Assam Mental Hospital (Tezpur, India) - 1933-1948
Year: 1933
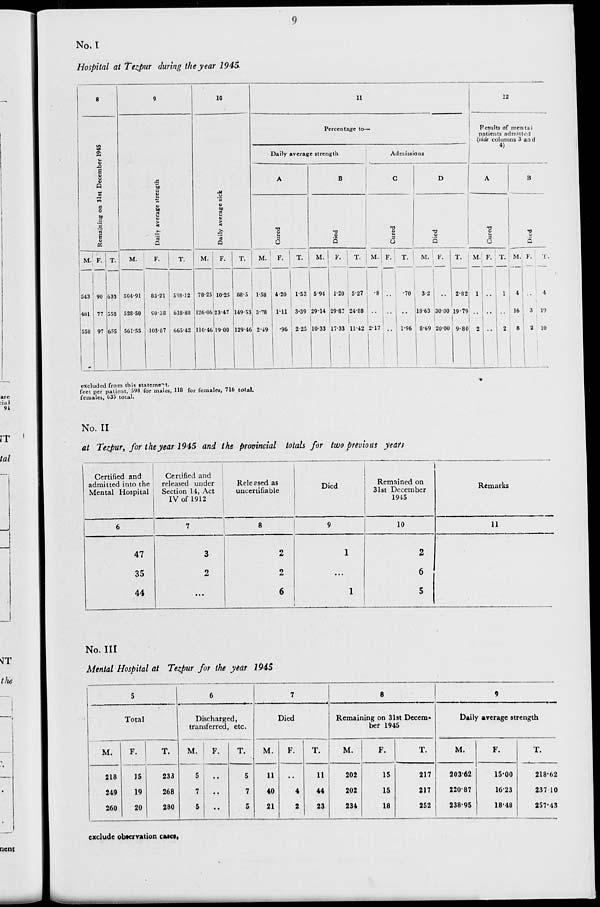
9
No. I
Hospital at Tezpur during the year 1945
8
Remaining on 31st December 1945
M.
543
481
558
F.
90
77
97
T.
633
558
655
9
Daily average strength
M.
504.91
528.50
561.55
F.
83.21
90.38
103.87
T.
588.12
618.88
665.42
10
Daily average sick
M.
78.25
126.06
110.46
F.
10.25
23.47
19.00
T.
88.5
149.53
129.46
11
Percentage to—
Daily average strength
A
Cured
M.
1.58
3.78
2.49
F.
4.20
1.11
.96
T.
1.53
3.39
2.25
B
Died
M.
5.94
29.14
10.33
F.
1.20
29.87
17.33
T.
5.27
24.88
11.42
Admissions
C
Cured
M.
.8
..
2.17
F.
..
..
..
T.
.70
1
1.96
D
Died
M.
3.2
18.63
8.69
F.
..
30.00
20.00
T.
2.82
19.79
9.80
12
Results of mental
patients admitted
(vide columns 3 and
4)
A
Cured
M.
1
..
2
F.
..
..
..
T.
1
..
2
B
Died
M.
4
16
8
F.
..
3
2
T.
4
19
10
excluded from this statement.
feet per patient, 598 for males, 118 for females, 716 total.
females, 635 total.
No. II
at Tezpur, for the year 1945 and the provincial totals for two previous years
Certified and
admitted into the
Mental Hospital
6
47
35
44
Certified and
released under
Section 14, Act
IV of 1912
7
3
2
...
Released as
uncertifiable
8
2
2
6
Died
9
1
...
1
Remained on
31st December
1945
10
2
6
5
Remarks
11
No. III
Mental Hospital at Tezpur for the year 1945
5
Total
M.
218
249
260
F.
15
19
20
T.
233
268
280
6
Discharged,
transferred, etc.
M.
5
7
5
F.
..
..
..
T.
5
7
5
7
Died
M.
11
40
21
F.
..
4
2
T.
11
44
23
8
Remaining on 31st Decem-
ber 1945
M.
202
202
234
F.
15
15
18
T.
217
217
252
9
Daily average strength
M.
203.62
220.87
238.95
F.
15.00
16.23
18.48
T.
218.62
237.10
257.43
exclude observation cases.